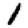
Digit: 1